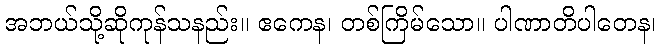
အဘယ်သို့ဆိုကုန်သနည်း။ ဧကေန၊ တစ်ကြိမ်သော။ ပါဏာတိပါတေန၊